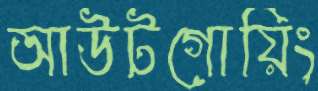
আউটগোয়িং